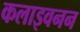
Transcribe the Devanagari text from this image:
कलाइवनन